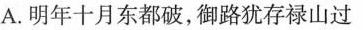
A.明年十月东都破，御路犹存禄山过